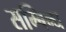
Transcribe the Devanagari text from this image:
सम्बिन्ध